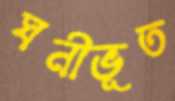
ঘনীভূত